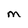
Character: M